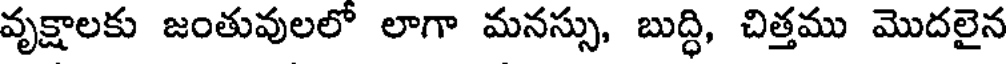
వృక్షాలకు జంతువులలో లాగా మనస్సు, బుద్ధి, చిత్తము మొదలైన